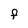
Character: F